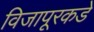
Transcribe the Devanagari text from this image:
विजापूरकडे